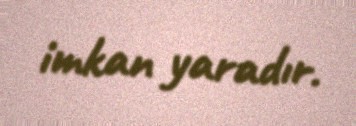
imkan yaradır.